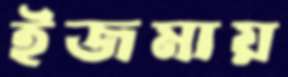
ইজমায়